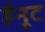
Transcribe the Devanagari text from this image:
हैनूट